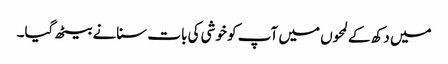
میں دکھ کے لمحوں میں آپ کو خوشی کی بات سنانے بیٹھ گیا۔